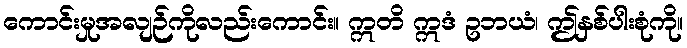
ကောင်းမှုအလျဉ်ကိုလည်းကောင်း။ ဣတိ ဣဒံ ဥဘယံ၊ ဤနှစ်ပါးစုံကို။